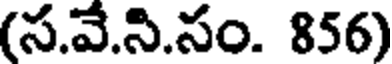
(స.వే.ని.సం. 856)